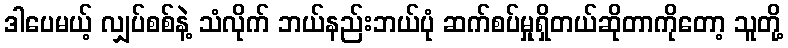
ဒါပေမယ့် လျှပ်စစ်နဲ့ သံလိုက် ဘယ်နည်းဘယ်ပုံ ဆက်စပ်မှုရှိတယ်ဆိုတာကိုတော့ သူတို့